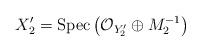
LaTeX: \begin{align*}X^{\prime}_2=\mathrm{Spec}\left( \mathcal{O}_{Y_2^{\prime}}\oplus M_2^{-1}\right)\end{align*}